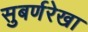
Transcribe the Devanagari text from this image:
सुबर्णरेखा